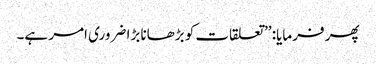
پھر فرمایا: ’’تعلقات کو بڑھانا بڑا ضروری امر ہے۔